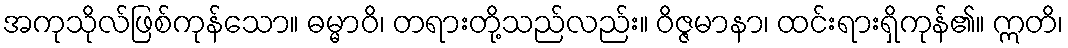
အကုသိုလ်ဖြစ်ကုန်သော။ ဓမ္မာဝိ၊ တရားတို့သည်လည်း။ ဝိဇ္ဇမာနာ၊ ထင်းရားရှိကုန်၏။ ဣတိ၊